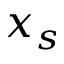
x _ { s }